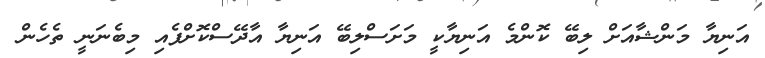
އަނިޔާ މަންޝާއަށް ލިބޭ ކޮންމެ އަނިޔާކީ މަށަސްލިބޭ އަނިޔާ އާދޭސްކޮށްފެއި މިބެނަނީ ތެހެން